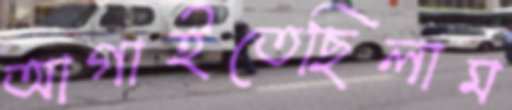
আগাইতেছিলাম